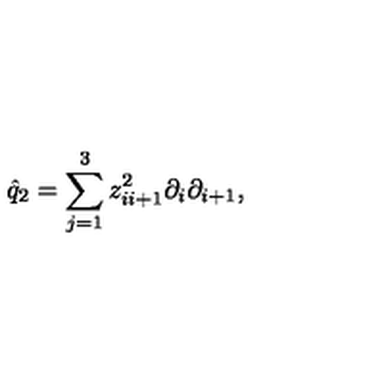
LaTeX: \hat { q } _ { 2 } = \sum _ { j = 1 } ^ { 3 } z _ { i i + 1 } ^ { 2 } \partial _ { i } \partial _ { i + 1 } ,